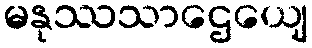
မနုဿသာဌေယျေ